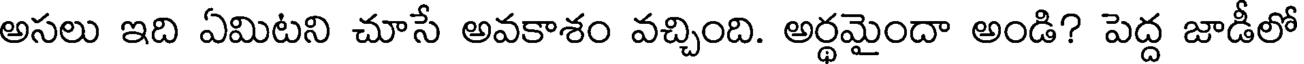
అసలు ఇది ఏమిటని చూసే అవకాశం వచ్చింది. అర్థమైందా అండి? పెద్ద జాడీలో